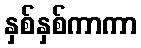
နှစ်နှစ်ကာကာ